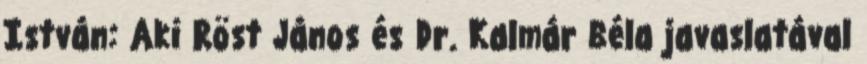
István: Aki Röst János és Dr. Kalmár Béla javaslatával